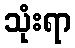
သုံးရာ